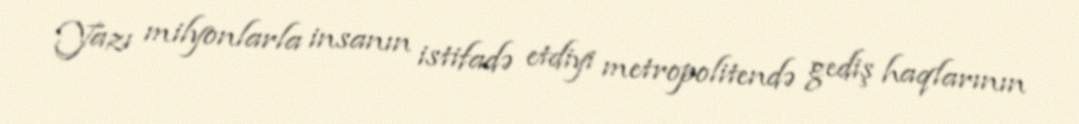
Yazı milyonlarla insanın istifadə etdiyi metropolitendə gediş haqlarının